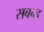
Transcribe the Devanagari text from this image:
सबन्ह